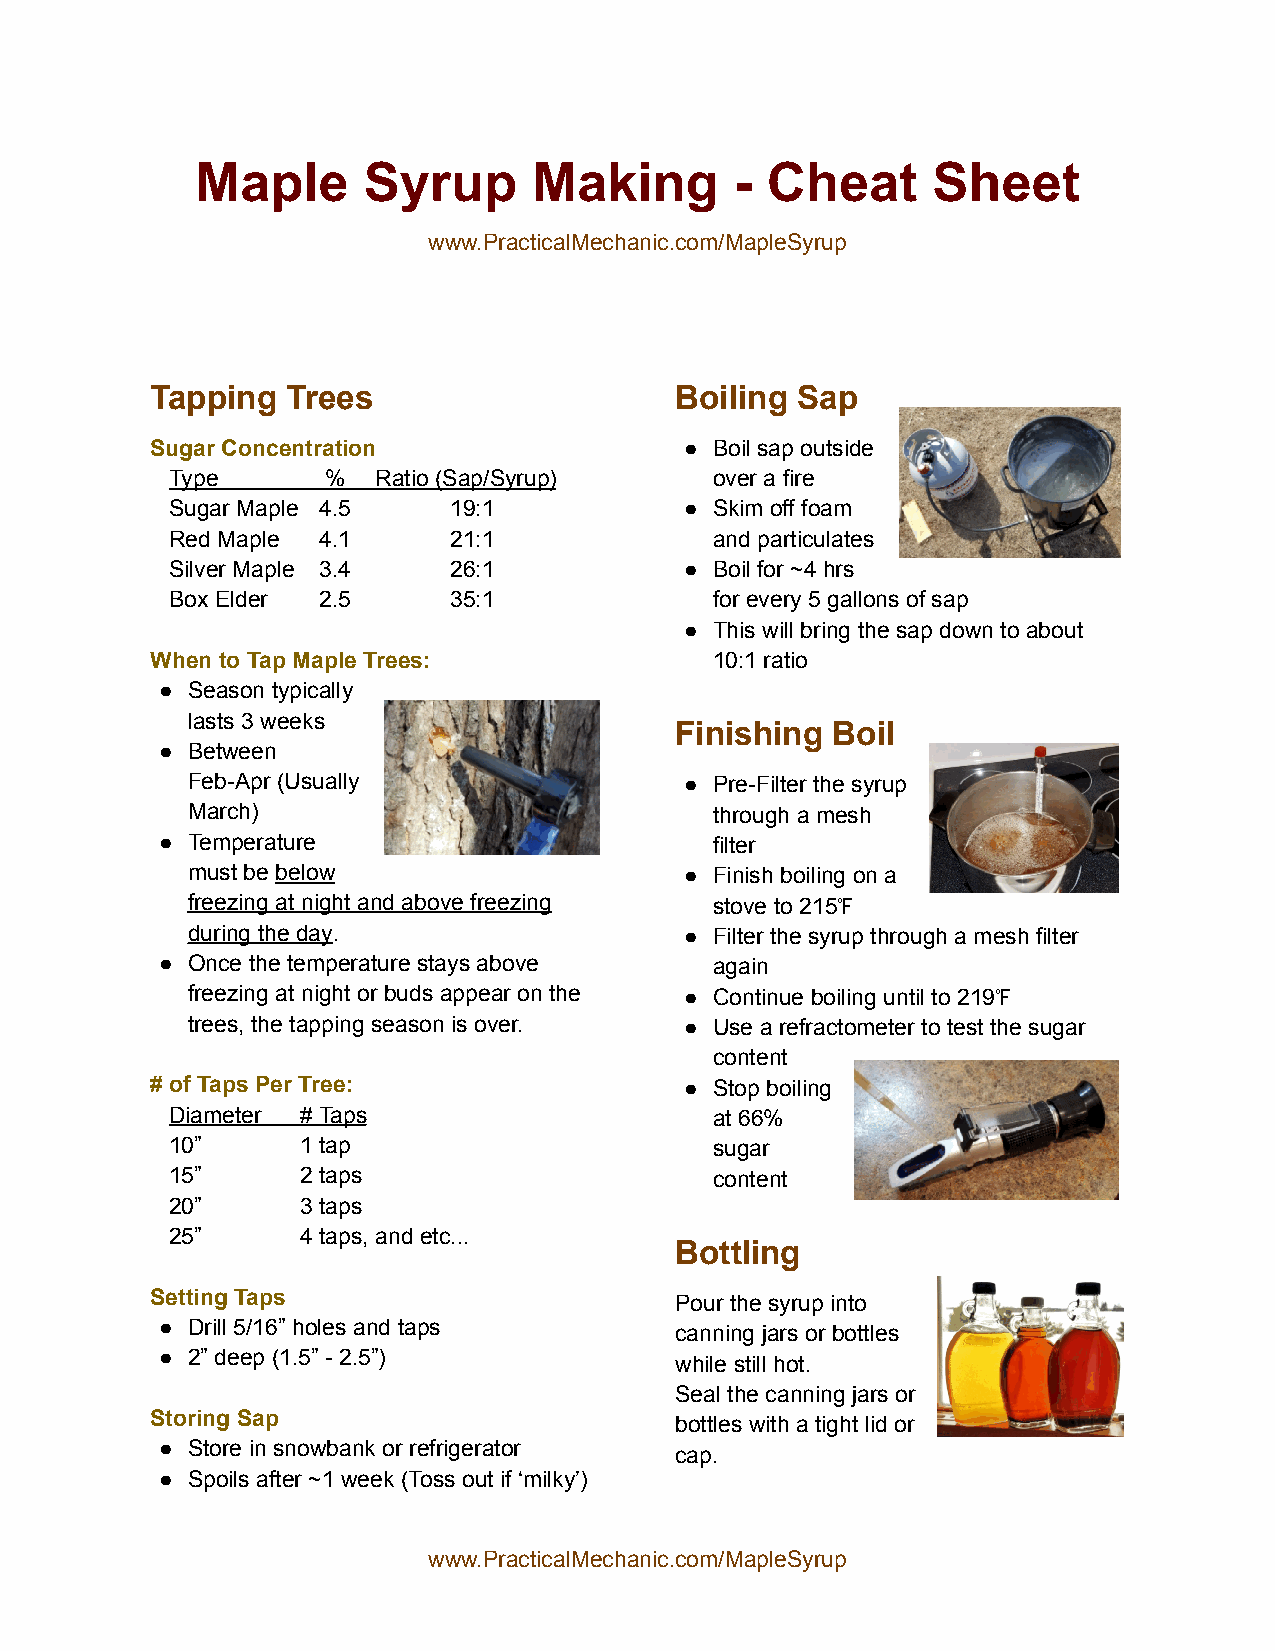
Maple      Syrup      Making        - Cheat      Sheet
 www.PracticalMechanic.com/MapleSyrup
 Tapping  Trees                     Boiling Sap
 Sugar Concentration                ● Boil sap outside
 Type       %  Ratio (Sap/Syrup)     over a fire
 Sugar Maple 4.5    19:1           ● Skim off foam
 Red Maple 4.1      21:1             and particulates
 Silver Maple 3.4   26:1           ● Boil for ~4 hrs
 Box Elder 2.5      35:1             for every 5 gallons of sap
 ● This will bring the sap down to about
 When to Tap Maple Trees:             10:1 ratio
 ● Season typically
 lasts 3 weeks
 Finishing Boil
 ● Between
 Feb-Apr (Usually                 ● Pre-Filter the syrup
 March)                             through a mesh
 ● Temperature                       filter
 must be below                    ● Finish boiling on a
 freezing at night and above freezing stove to 215℉
 during the day.                  ● Filter the syrup through a mesh filter
 ● Once the temperature stays above  again
 freezing at night or buds appear on the ● Continue boiling until to 219℉
 trees, the tapping season is over. ● Use a refractometer to test the sugar
 content
 # of Taps Per Tree:                ● Stop boiling
 Diameter # Taps                     at 66%
 10”      1 tap                      sugar
 15”      2 taps                     content
 20”      3 taps
 25”      4 taps, and etc...
 Bottling
 Setting Taps
 Pour the syrup into
 ● Drill 5/16” holes and taps
 canning jars or bottles
 ● 2” deep (1.5” - 2.5”)
 while still hot.
 Seal the canning jars or
 Storing Sap
 bottles with a tight lid or
 ● Store in snowbank or refrigerator
 cap.
 ● Spoils after ~1 week (Toss out if ‘milky’)
 www.PracticalMechanic.com/MapleSyrup